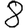
Digit: 8